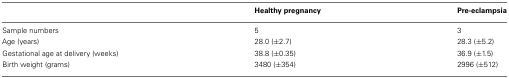
<table><thead><tr><td></td><td><b>Healthy pregnancy</b></td><td><b>Pre-eclampsia</b></td></tr></thead><tbody><tr><td>Sample numbers</td><td>5</td><td>3</td></tr><tr><td>Age (years)</td><td>28.0 (±2.7)</td><td>28.3 (±5.2)</td></tr><tr><td>Gestational age at delivery (weeks)</td><td>38.8 (±0.35)</td><td>36.9 (±1.5)</td></tr><tr><td>Birth weight (grams)</td><td>3480 (±354)</td><td>2996 (±512)</td></tr></tbody></table>